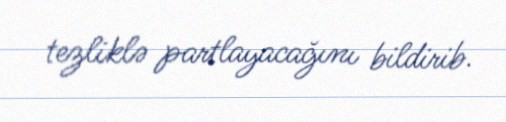
tezliklə partlayacağını bildirib.